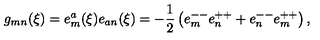
g _ { m n } ( \xi ) = e _ { m } ^ { a } ( \xi ) e _ { a n } ( \xi ) = - { \frac { 1 } { 2 } } \left( e _ { m } ^ { -- } e _ { n } ^ { + + } + e _ { n } ^ { -- } e _ { m } ^ { + + } \right) ,